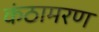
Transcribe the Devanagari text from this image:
कंठामरण